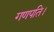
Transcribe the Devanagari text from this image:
गणपति।